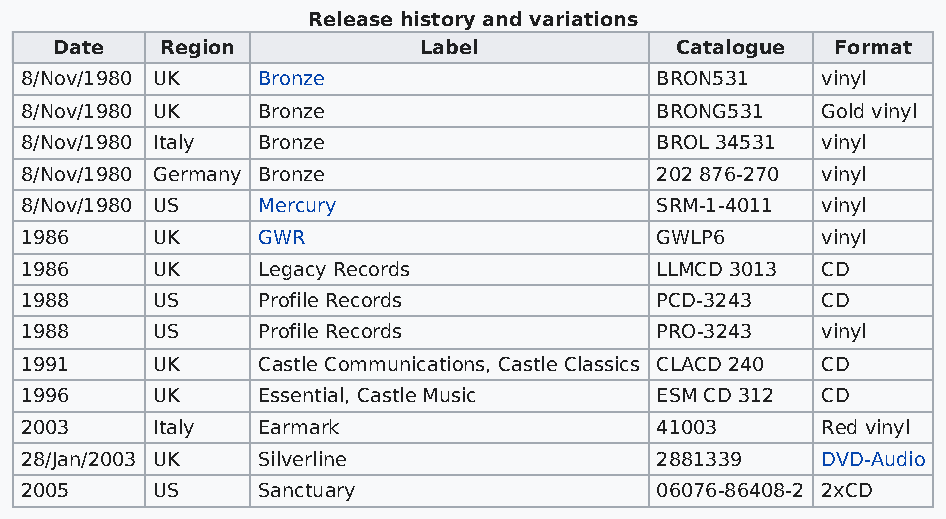
Release history and variations
 Date   Region           Label            Catalogue Format
 8/Nov/1980 UK   Bronze                    BRON531    vinyl
 8/Nov/1980 UK   Bronze                    BRONG531   Gold vinyl
 8/Nov/1980 Italy Bronze                   BROL 34531 vinyl
 8/Nov/1980 Germany Bronze                 202 876-270 vinyl
 8/Nov/1980 US   Mercury                   SRM-1-4011 vinyl
 1986     UK     GWR                       GWLP6      vinyl
 1986     UK     Legacy Records            LLMCD 3013 CD
 1988     US     Profile Records           PCD-3243   CD
 1988     US     Profile Records           PRO-3243   vinyl
 1991     UK     Castle Communications, Castle Classics CLACD 240 CD
 1996     UK     Essential, Castle Music   ESM CD 312 CD
 2003     Italy  Earmark                   41003      Red vinyl
 28/Jan/2003 UK  Silverline                2881339    DVD-Audio
 2005     US     Sanctuary                 06076-86408-2 2xCD